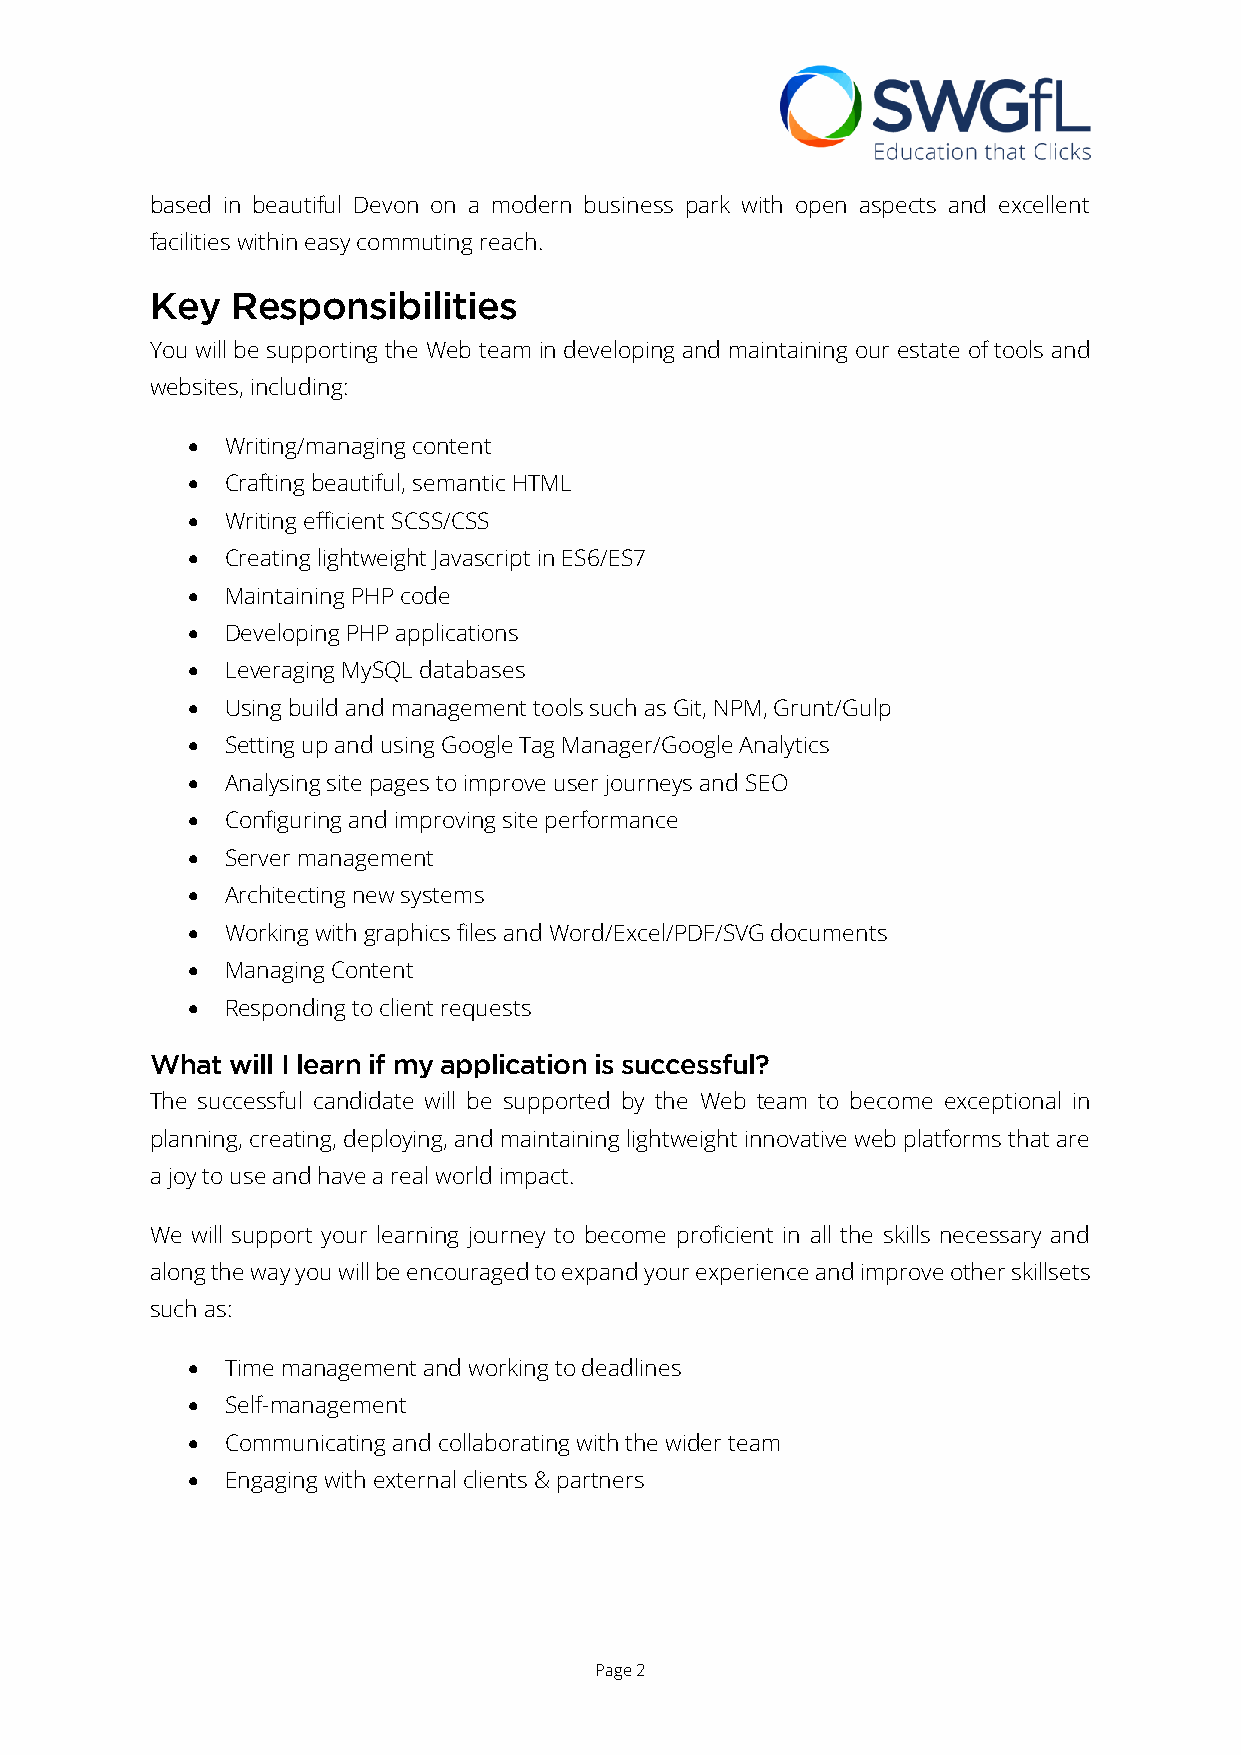
based in beautiful Devon on a modern business park with open aspects and excellent
 facilities within easy commuting reach.
 Key  Responsibilities
 You will be supporting the Web team in developing and maintaining our estate of tools and
 websites, including:
   Writing/managing content
   Crafting beautiful, semantic HTML
   Writing efficient SCSS/CSS
   Creating lightweight Javascript in ES6/ES7
   Maintaining PHP code
   Developing PHP applications
   Leveraging MySQL databases
   Using build and management tools such as Git, NPM, Grunt/Gulp
   Setting up and using Google Tag Manager/Google Analytics
   Analysing site pages to improve user journeys and SEO
   Configuring and improving site performance
   Server management
   Architecting new systems
   Working with graphics files and Word/Excel/PDF/SVG documents
   Managing Content
   Responding to client requests
 What will I learn if my application is successful?
 The successful candidate will be supported by the Web team to become exceptional in
 planning, creating, deploying, and maintaining lightweight innovative web platforms that are
 a joy to use and have a real world impact.
 We will support your learning journey to become proficient in all the skills necessary and
 along the way you will be encouraged to expand your experience and improve other skillsets
 such as:
   Time management and working to deadlines
   Self-management
   Communicating and collaborating with the wider team
   Engaging with external clients & partners
 Page 2